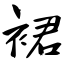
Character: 裙